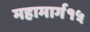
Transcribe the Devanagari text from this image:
महामार्ग१५